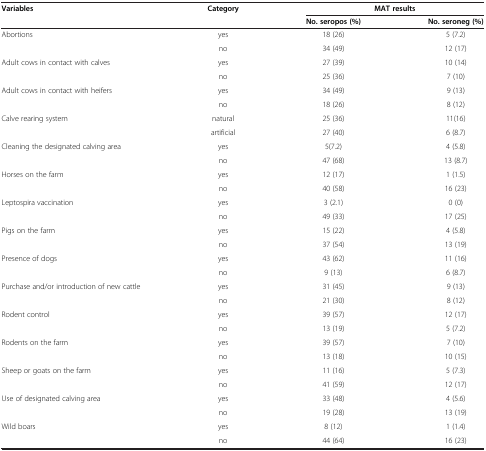
| Variables | Category | <COLSPAN=2> MAT results |
 |  |  | No. seropos (%) | No. seroneg (%) |
 | --- | --- | --- | --- |
 | Abortions | yes | 18 (26) | 5 (7.2) |
 |  | no | 34 (49) | 12 (17) |
 | Adult cows in contact with calves | yes | 27 (39) | 10 (14) |
 |  | no | 25 (36) | 7 (10) |
 | Adult cows in contact with heifers | yes | 34 (49) | 9 (13) |
 |  | no | 18 (26) | 8 (12) |
 | Calve rearing system | natural | 25 (36) | 11(16) |
 |  | artificial | 27 (40) | 6 (8.7) |
 | Cleaning the designated calving area | yes | 5(7.2) | 4 (5.8) |
 |  | no | 47 (68) | 13 (8.7) |
 | Horses on the farm | yes | 12 (17) | 1 (1.5) |
 |  | no | 40 (58) | 16 (23) |
 | Leptospira vaccination | yes | 3 (2.1) | 0 (0) |
 |  | no | 49 (33) | 17 (25) |
 | Pigs on the farm | yes | 15 (22) | 4 (5.8) |
 |  | no | 37 (54) | 13 (19) |
 | Presence of dogs | yes | 43 (62) | 11 (16) |
 |  | no | 9 (13) | 6 (8.7) |
 | Purchase and/or introduction of new cattle | yes | 31 (45) | 9 (13) |
 |  | no | 21 (30) | 8 (12) |
 | Rodent control | yes | 39 (57) | 12 (17) |
 |  | no | 13 (19) | 5 (7.2) |
 | Rodents on the farm | yes | 39 (57) | 7 (10) |
 |  | no | 13 (18) | 10 (15) |
 | Sheep or goats on the farm | yes | 11 (16) | 5 (7.3) |
 |  | no | 41 (59) | 12 (17) |
 | Use of designated calving area | yes | 33 (48) | 4 (5.6) |
 |  | no | 19 (28) | 13 (19) |
 | Wild boars | yes | 8 (12) | 1 (1.4) |
 |  | no | 44 (64) | 16 (23) |